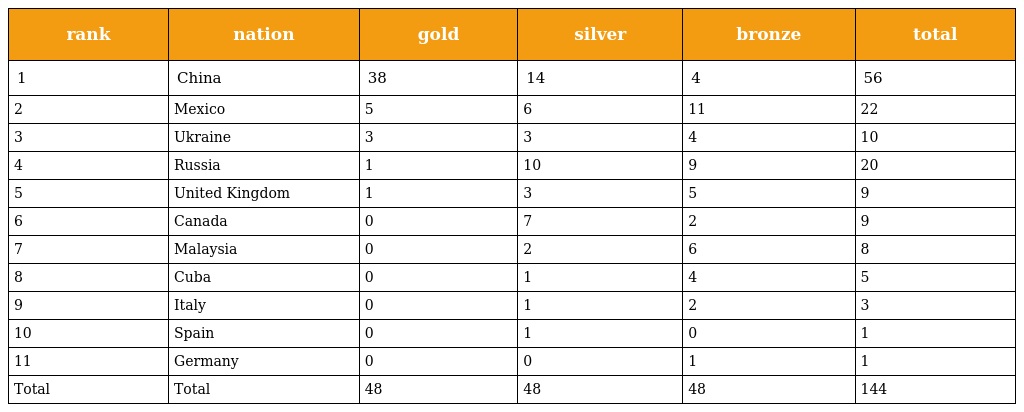
| rank | nation | gold | silver | bronze | total |
 | --- | --- | --- | --- | --- | --- |
 | 1 | China | 38 | 14 | 4 | 56 |
 | 2 | Mexico | 5 | 6 | 11 | 22 |
 | 3 | Ukraine | 3 | 3 | 4 | 10 |
 | 4 | Russia | 1 | 10 | 9 | 20 |
 | 5 | United Kingdom | 1 | 3 | 5 | 9 |
 | 6 | Canada | 0 | 7 | 2 | 9 |
 | 7 | Malaysia | 0 | 2 | 6 | 8 |
 | 8 | Cuba | 0 | 1 | 4 | 5 |
 | 9 | Italy | 0 | 1 | 2 | 3 |
 | 10 | Spain | 0 | 1 | 0 | 1 |
 | 11 | Germany | 0 | 0 | 1 | 1 |
 | Total | Total | 48 | 48 | 48 | 144 |